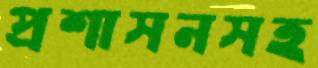
প্রশাসনসহ